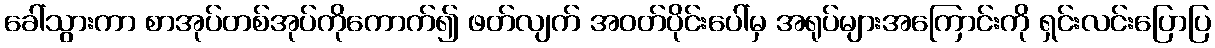
ခေါ်သွားကာ စာအုပ်တစ်အုပ်ကိုကောက်၍ ဖတ်လျက် အဝတ်ပိုင်းပေါ်မှ အရုပ်များအကြောင်းကို ရှင်းလင်းပြောပြ